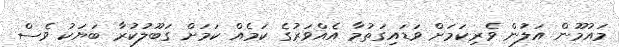
މައުމޫން އަލުން ވެރިކަމަށް ވަޑައިގަތުމާ އެއްވަރުގެ ކަމެއް ކަމަށް ގަބޫލުކުރާ ބަޔަކު ވެސް